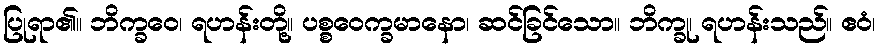
ပြုရာ၏။ ဘိက္ခဝေ၊ ရဟန်းတို့။ ပစ္စဝေက္ခမာနော၊ ဆင်ခြင်သော။ ဘိက္ခု၊ ရဟန်းသည်။ ဧဝံ၊